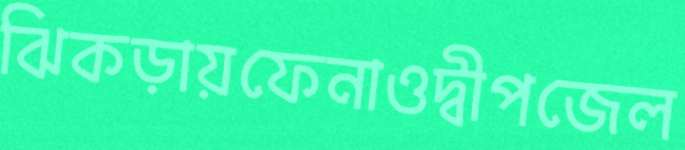
ঝিকড়ায়ফেনাওদ্বীপজেল